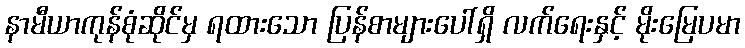
နာမီယာကုန်စုံဆိုင်မှ ရထားသော ပြန်စာများပေါ်ရှိ လက်ရေးနှင့် မိုးမြေပမာ